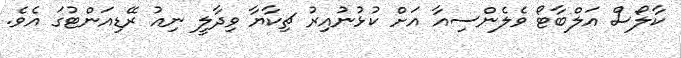
ކާލޯސް އަލްބާޓޯ ވެލެންސިއާ އަށް ކުޅުނުއިރު ޗިކާޔާ ވިދާލީ ނިއު ރޭޑިއަންޓުގަ އެވެ.